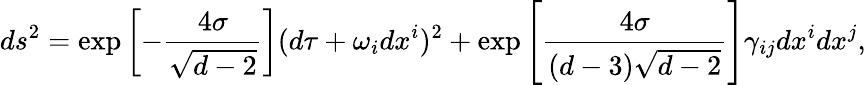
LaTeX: ds^{2}=\exp\left[-\frac{4\sigma}{\sqrt{d-2}}\right](d\tau+\omega_{i}dx^{i})^{2}+\exp\left[\frac{4\sigma}{(d-3)\sqrt{d-2}}\right]\gamma_{ij}dx^{i}dx^{j},